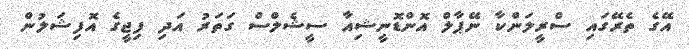
އޭގެ ތެރޭގައި ސްރީލަންކާ ނޭޕާލް އޮންޑޮނީޝިއާ ސީޝެލްސް ގަތަރު އަދި ފިޖީގެ އޮފިޝަލުން